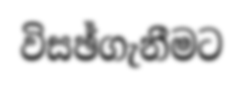
විසඡ්ගැනීමට